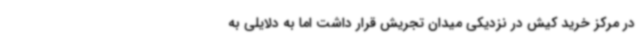
در مرکز خرید کیش در نزدیکی میدان تجریش قرار داشت اما به دلایلی به